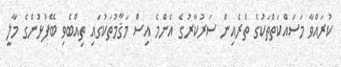
ކުރައްވާ މަސައްކަތްތަކުގެ ތެރެއިން ސަރުކާރުގެ އެންމެ އިސް މަޤާމުތަކުގައި ތިއްބެވި ބޭފުޅުންގެ މާލީ